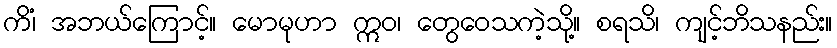
ကိံ၊ အဘယ်ကြောင့်။ မောမုဟာ ဣဝ၊ တွေဝေသကဲ့သို့။ စရသိ၊ ကျင့်ဘိသနည်း။